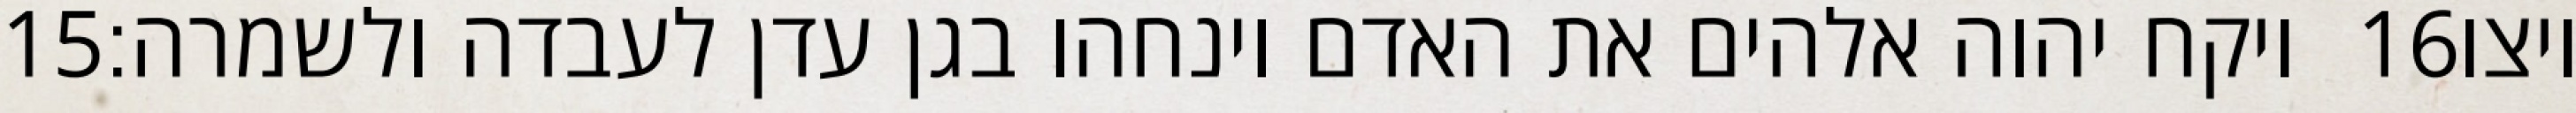
‎15‏ ויקח יהוה אלהים את האדם וינחהו בגן עדן לעבדה ולשמרה׃ ‎16‏ ויצו